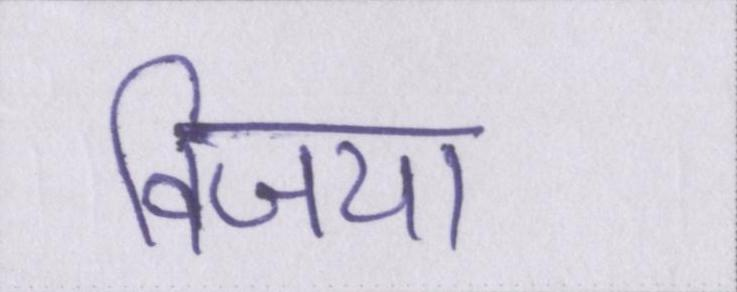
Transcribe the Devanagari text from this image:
विजया